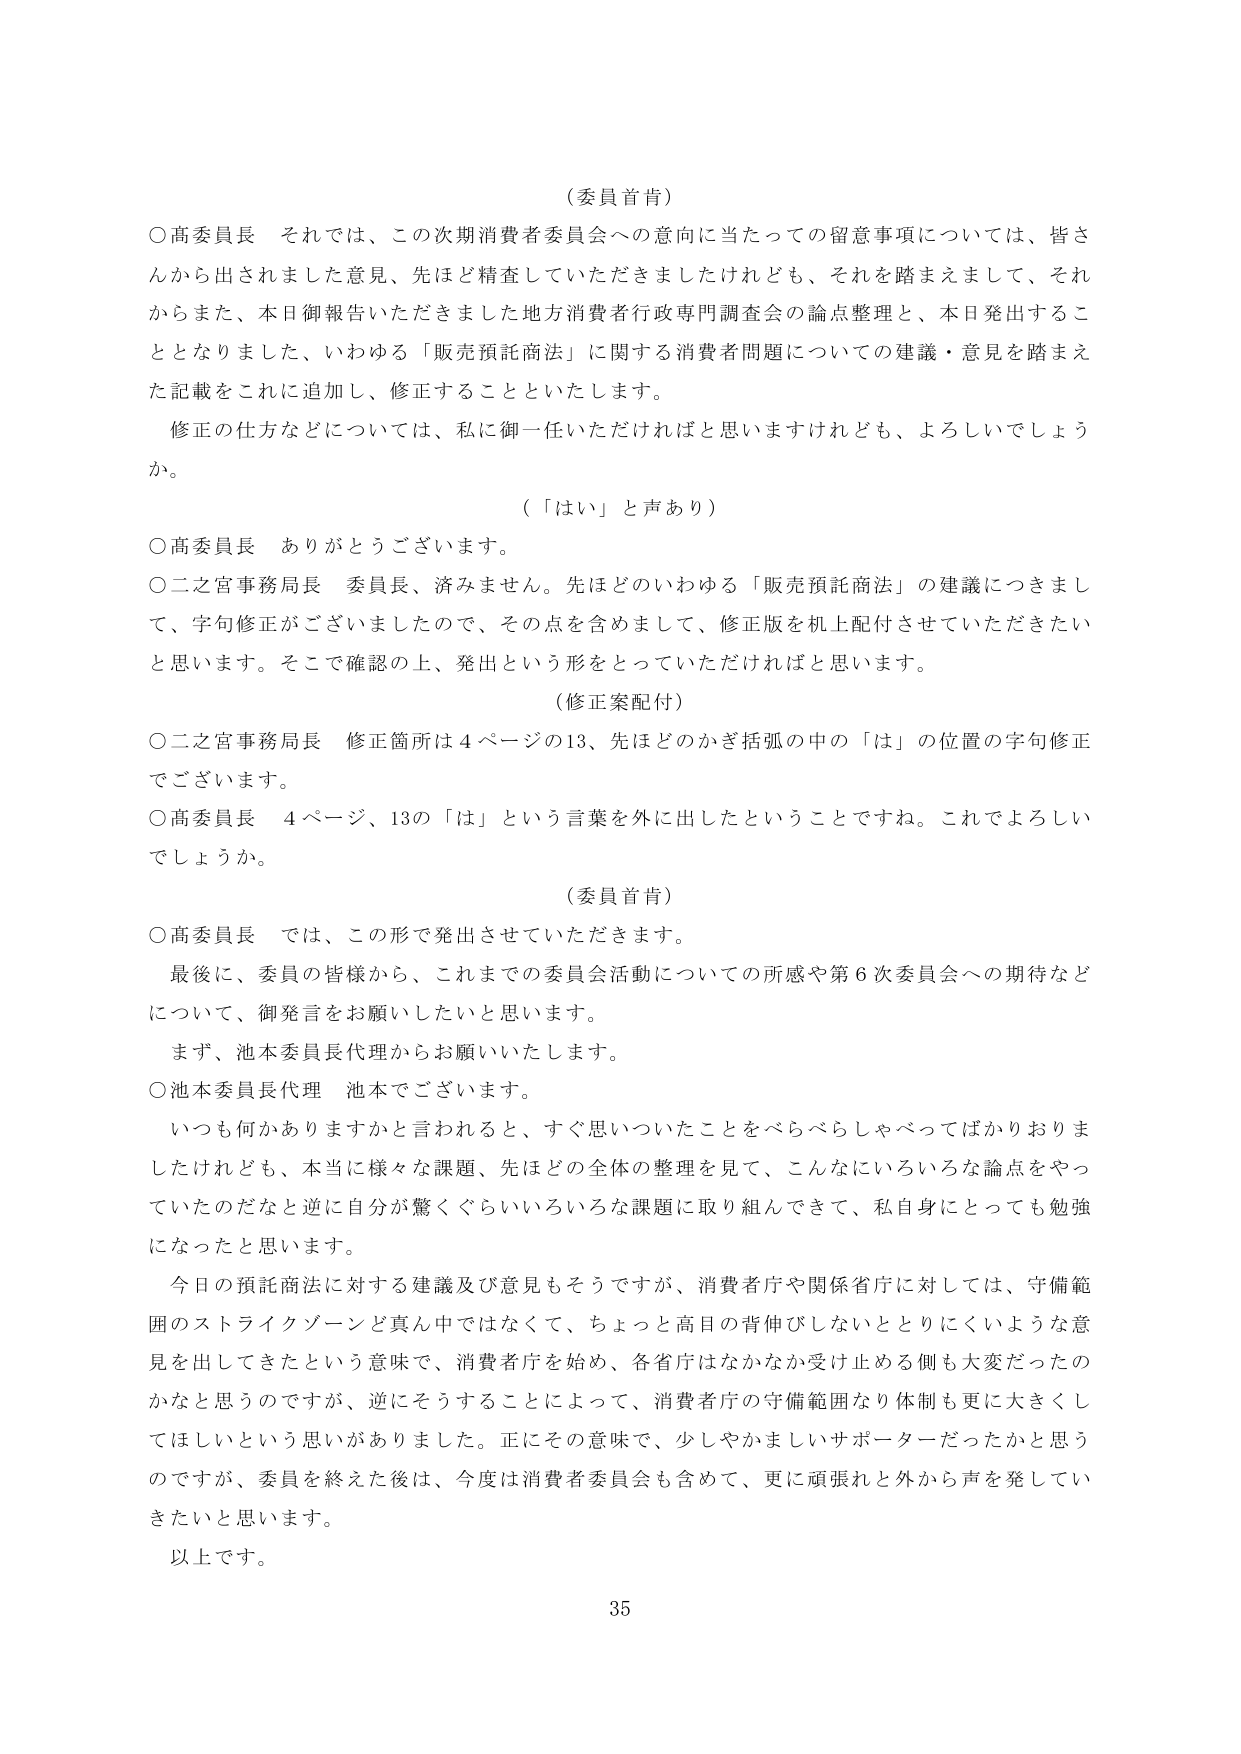
（委員首肯）

○高委員長　それでは、この次期消費者委員会への意向に当たっての留意事項については、皆さんから出されました意見、先ほど精査していただきましたけれども、それを踏まえまして、それからまた、本日御報告いただきました地方消費者行政専門調査会の論点整理と、本日発出することとなりました、いわゆる「販売預託商法」に関する消費者問題についての建議・意見を踏まえた記載をこれに追加し、修正することといたします。

　修正の仕方などについては、私に御一任いただければと思いますけれども、よろしいでしょうか。

（「はい」と声あり）

○高委員長　ありがとうございます。

○二之宮事務局長　委員長、済みません。先ほどのいわゆる「販売預託商法」の建議につきまして、字句修正がございましたので、その点を含めまして、修正版を机上配付させていただきたいと思います。そこで確認の上、発出という形をとっていただければと思います。

（修正案配付）

○二之宮事務局長　修正箇所は４ページの13、先ほどのかぎ括弧の中の「は」の位置の字句修正でございます。

○高委員長　４ページ、13の「は」という言葉を外に出したということですね。これでよろしいでしょうか。

（委員首肯）

○高委員長　では、この形で発出させていただきます。

　最後に、委員の皆様から、これまでの委員会活動についての所感や第６次委員会への期待などについて、御発言をお願いしたいと思います。

　まず、池本委員長代理からお願いいたします。

○池本委員長代理　池本でございます。

　いつも何かありますかと言われると、すぐ思いついたことをべらべらしゃべってばかりおりましたけれども、本当に様々な課題、先ほどの全体の整理を見て、こんなにいろいろな論点をやっていたのだなと逆に自分が驚くぐらいいろいろな課題に取り組んできて、私自身にとっても勉強になったと思います。

　今日の預託商法に対する建議及び意見もそうですが、消費者庁や関係省庁に対しては、守備範囲のストライクゾーンど真ん中ではなくて、ちょっと高目の背伸びしないととりにくいような意見を出してきたという意味で、消費者庁を始め、各省庁はなかなか受け止める側も大変だったのかなと思うのですが、逆にそうすることによって、消費者庁の守備範囲なり体制も更に大きくしてほしいという思いがありました。正にその意味で、少しやかましいサポーターだったかと思うのですが、委員を終えた後は、今度は消費者委員会も含めて、更に頑張れと外から声を発していきたいと思います。

　以上です。

35